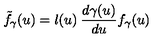
{ \tilde { f } } _ { \gamma } ( u ) = l ( u ) \: \frac { d \gamma ( u ) } { d u } f _ { \gamma } ( u )